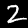
Digit: 2